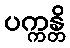
ပက္ကန္တိ